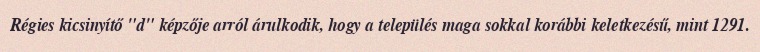
Régies kicsinyítő "d" képzője arról árulkodik, hogy a település maga sokkal korábbi keletkezésű, mint 1291.